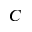
C